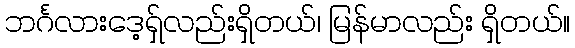
ဘင်္ဂလားဒေ့ရှ်လည်းရှိတယ်၊ မြန်မာလည်း ရှိတယ်။